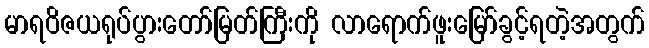
မာရဝိဇယရုပ်ပွားတော်မြတ်ကြီးကို လာရောက်ဖူးမြော်ခွင့်ရတဲ့အတွက်